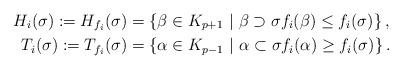
LaTeX: \begin{align*}H_i(\sigma) := H_{f_i}(\sigma) &= \left\lbrace\beta\in K_{p+1}\ |\ \beta \supset \sigma f_i(\beta)\leq f_i(\sigma)\right\rbrace,\\T_i(\sigma) := T_{f_i}(\sigma) &= \left\lbrace\alpha\in K_{p-1}\ |\ \alpha \subset \sigma f_i(\alpha)\geq f_i(\sigma)\right\rbrace.\end{align*}